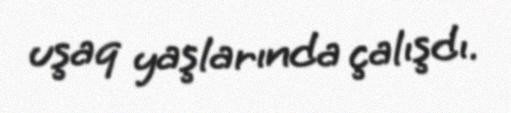
uşaq yaşlarında çalışdı.